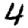
Digit: 4